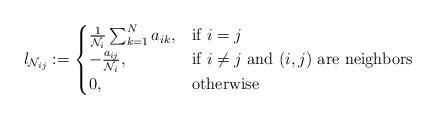
LaTeX: \begin{align*}l_{\mathcal{N}_{ij}} := \begin{cases}\frac{1}{\mathcal{N}_i} \sum_{k=1}^N a_{ik}, & \mbox{if } i=j \\-\frac{a_{ij}}{\mathcal{N}_i}, & \mbox{if } i \neq j \mbox{ and } (i,j) \mbox{ are neighbors}\\0, & \mbox{otherwise}\end{cases}\end{align*}